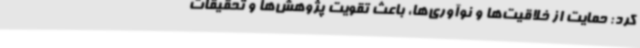
کرد: حمایت از خلاقیت‌ها و نوآوری‌ها، باعث تقویت پژوهش‌ها و تحقیقات